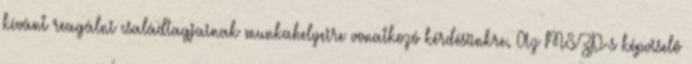
kívánt reagálni családtagjainak munkahelyeire vonatkozó kérdésünkre. Az MSZP-s képviselõ